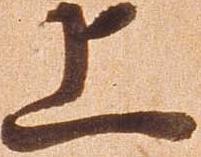
上